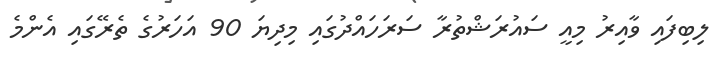
ލިބިފައި ވާއިރު މިއީ ސައުރަޝްތުރާ ސަރަހައްދުގައި މިދިޔަ 90 އަހަރުގެ ތެރޭގައި އެންމެ